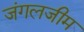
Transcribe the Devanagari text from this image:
जंगलजीम